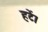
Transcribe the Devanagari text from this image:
हटें।